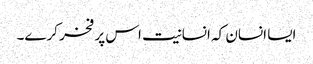
ایسا انسان کہ انسانیت اس پر فخر کرے۔